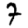
Digit: 7